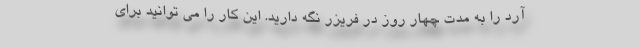
آرد را به مدت چهار روز در فریزر نگه دارید. این کار را می توانید برای